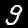
Digit: 9